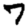
Digit: 7